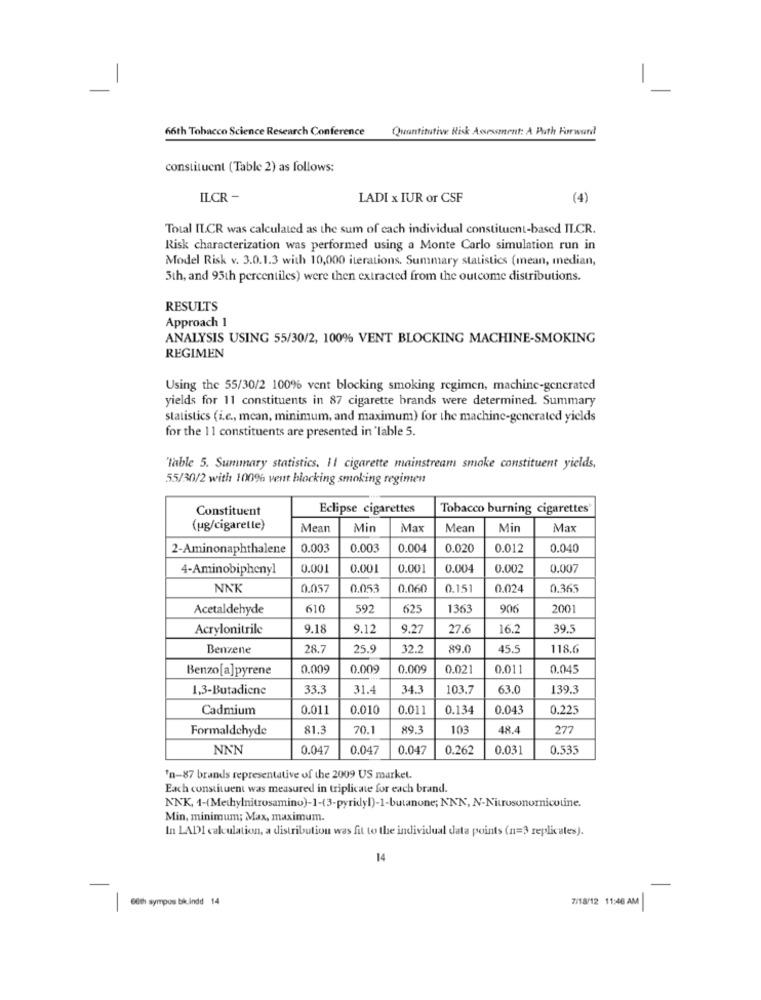
66th Tobacco Science Research Conference
Quantitative Risk Assessment: A Path Forward
constituent (Table 2) as follows:
ILCR -
LADI x IUR or CSF
(4)
Total IL.CR was calculated as the sum of each individual constituent-based IL.CR.
Risk characterization was performed using a Monte Carlo simulation run in
Model Risk v. 3.0.1.3 with 10,000 iterations. Summary statistics (mean, median,
3th, and 95th percentiles) were then extracted from the outcome distributions.
RESULTS
Approach 1
ANALYSIS USING 55/30/2, 100% VENT BLOCKING MACHINE-SMOKING
REGIMEN
Using the 55/30/2 100% vent blocking smoking regimen, machine-generated
yields for 11 constituents in 87 cigarette brands were determined. Summary
statistics (i.e ., mean, minimum, and maximum) for the machine-generated yields
for the 11 constituents are presented in 'lable 5.
"Table 5. Summary statistics. Il cigarette mainstream smoke constituent yields,
55/30/2 with 100% vent blocking smoking regimen
Constituent
Eclipse cigarettes
Tobacco burning cigarettes'
(ug/cigaretle)
Mean
Min
Max
Mean
Min
Max
2-Aminonaphthalene
0.003
0.003
0.004
0.020
0.012
0.040
4-Aminobiphenyl
0.001
0.001
0.001
0.004
0.002
0.007
NNK
0.057
0.053
0.060
0.151
0.024
0.365
Acetaldehyde
610
592
625
136
906
2001
Acrylonitrile
9.18
9.12
9.27
27.6
16.2
39.5
Benzene
28.7
25.9
32.2
89.0
45.5
118.6
Benzo[a]pyrene
0.009
0.009
0.009
0.02
0.011
0.045
1,3-Butadiene
33.3
31.
34.3
103.7
63.0
139.3
Cadmium
0.011
0.010
0.011
0.134
0.043
0.223
Formaldehyde
81.3
70.1
89.3
103
48.4
277
NNN
0.047
0.047
0.047
0.262
0.03
0.535
'n-87 brands representative of the 2009 US market.
Each constituent was measured in triplicate for each brand.
NNK, 1-(Methylnitrosamino)-1-(3-pyridyl)-1-butanone; NNN, N-Nitrosonornicotine.
Min, minimum; Max, maximum.
In LADI calculation, a distribution was fit to the individual data points (n=3 replicates).
14
7/18/12 11:46 AM
60th sympos bik ind 14
-